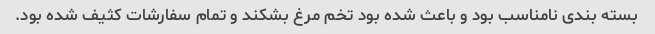
بسته بندی نامناسب بود و باعث شده بود تخم مرغ بشکند و تمام سفارشات کثیف شده بود.